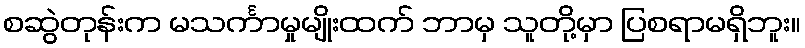
စဆွဲတုန်းက မသင်္ကာမှုမျိုးထက် ဘာမှ သူတို့မှာ ပြစရာမရှိဘူး။